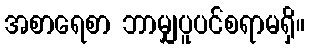
အစာရေစာ ဘာမျှပူပင်စရာမရှိ။